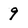
Character: 9